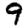
Digit: 9